Document type: payment_order
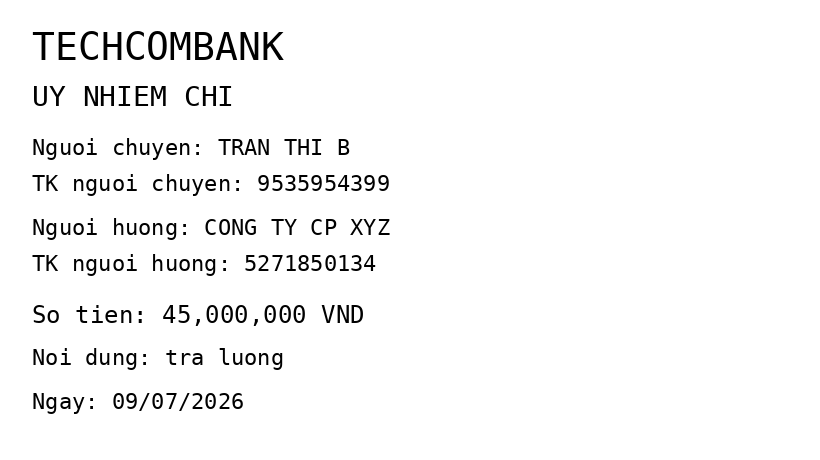
OCR transcript:
TECHCOMBANK
UY NHIEM CHI
Nguoi chuyen: TRAN THI B
TK nguoi chuyen: 9535954399
Nguoi huong: CONG TY CP XYZ
TK nguoi huong: 5271850134
So tien: 45,000,000 VND
Noi dung: tra luong
Ngay: 09/07/2026
Extracted fields:
bank_name: techcombank
sender_name: tran thi b
sender_account: 9535954399
beneficiary_name: cong ty cp xyz
beneficiary_account: 5271850134
amount: 45000000
content: tra luong
date: 2026-07-09